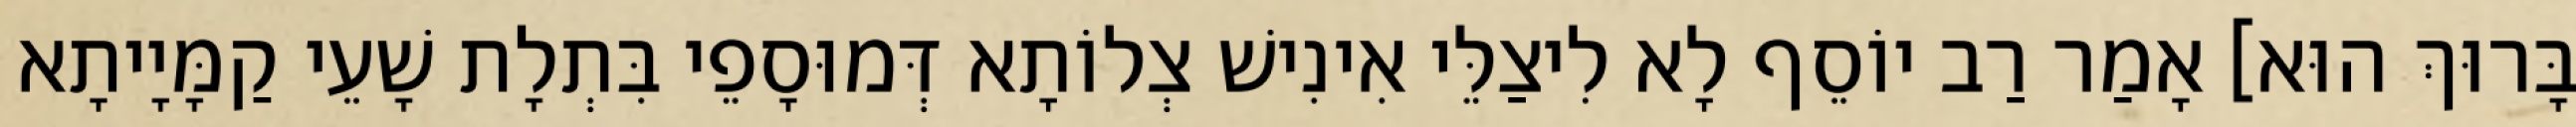
בָּרוּךְ הוּא] אָמַר רַב יוֹסֵף לָא לִיצַלֵּי אִינִישׁ צְלוֹתָא דְּמוּסָפֵי בִּתְלָת שָׁעֵי קַמָּיָיתָא